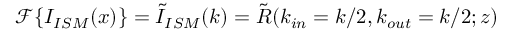
\mathcal { F } \{ I _ { I S M } ( x ) \} = \tilde { I } _ { I S M } ( k ) = \tilde { R } ( k _ { i n } = k / 2 , k _ { o u t } = k / 2 ; z )